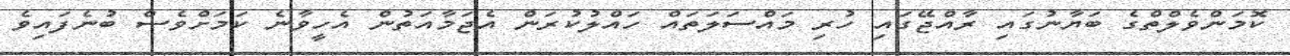
ކޮމަންވެލްތްގެ ބަޔާނުގައި ރާއްޖޭގައި ހުރި މައްސަލަތައް ހައްލުކުރަން އެޖަމާއަތުން އެހީވާނެ ކަމަށްވެސް ބުނެފައިވެ